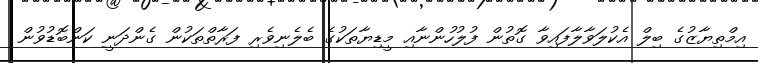
އިމްތިޔާޒުގެ ބިލް އެކުލަވާލާފައިވާ ގޮތުން ފުލުހުންނާއި މީޑިޔާތަކުގެ ބެލެނިވެރި ފަރާތްތަކުން ގެންދަނީ ކަންބޮޑުވުން